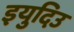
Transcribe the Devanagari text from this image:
इयुदिउ